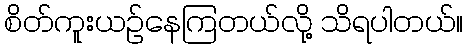
စိတ်ကူးယဉ်နေကြတယ်လို့ သိရပါတယ်။